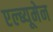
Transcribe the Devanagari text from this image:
एल्ब्यूमेन